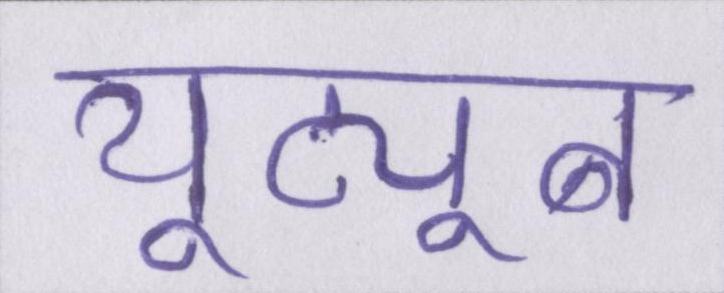
यूट्यूब